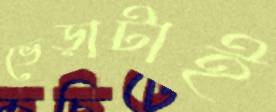
ভেড়াটাই